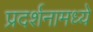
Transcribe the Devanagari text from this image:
प्रदर्शनामध्ये